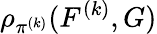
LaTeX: \rho_{\pi^{(k)}}(F^{(k)},G)